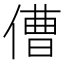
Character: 傮